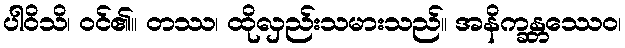
ပါဝိသိ၊ ဝင်၏။ တဿ၊ ထိုလှည်းသမားသည်။ အနိက္ခန္တဿေဝ၊